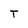
Character: T